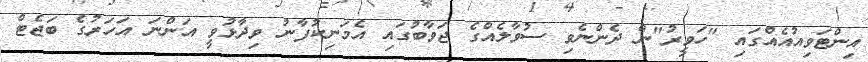
އިންޓަވިއުއެއްގައި "ހަވީރު"ން ދެންނެވި ސުވާލެއްގެ ޖަވާބުގައި އެމަނިކުފާނު ވިދާޅުވީ އަންނަ އަހަރުގެ ބަޖެޓް